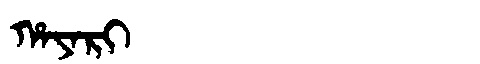
Manchu: ᡥᠠᠶᠠᡵᡳ
Romanization: HAYARI